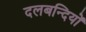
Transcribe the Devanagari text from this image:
दलबन्दियों